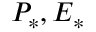
P _ { * } , E _ { * }